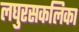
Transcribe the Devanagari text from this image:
लघुरसकलिका